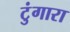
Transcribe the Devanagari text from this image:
टुंगारा